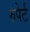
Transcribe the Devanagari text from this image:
रुपेर्ट